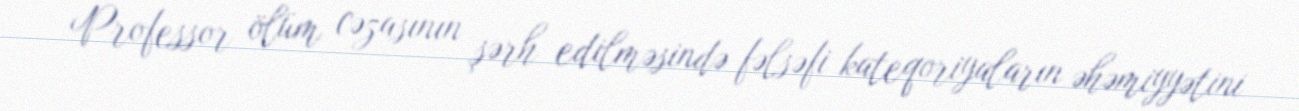
Professor ölüm cəzasının şərh edilməsində fəlsəfi kateqoriyaların əhəmiyyətini